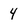
Character: 4